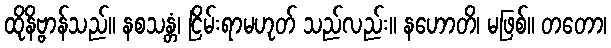
ထိုနိဗ္ဗာန်သည်။ နစသန္တံ၊ ငြိမ်းရာမဟုတ် သည်လည်း။ နဟောတိ၊ မဖြစ်။ တတော၊